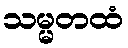
သမ္မတထံ